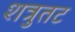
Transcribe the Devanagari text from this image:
शत्रुतट